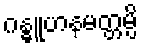
ဂန္ဓူဟနမတ္တမ္ပိ